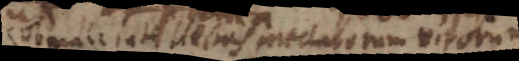
male intellectas praeclarorum virorum